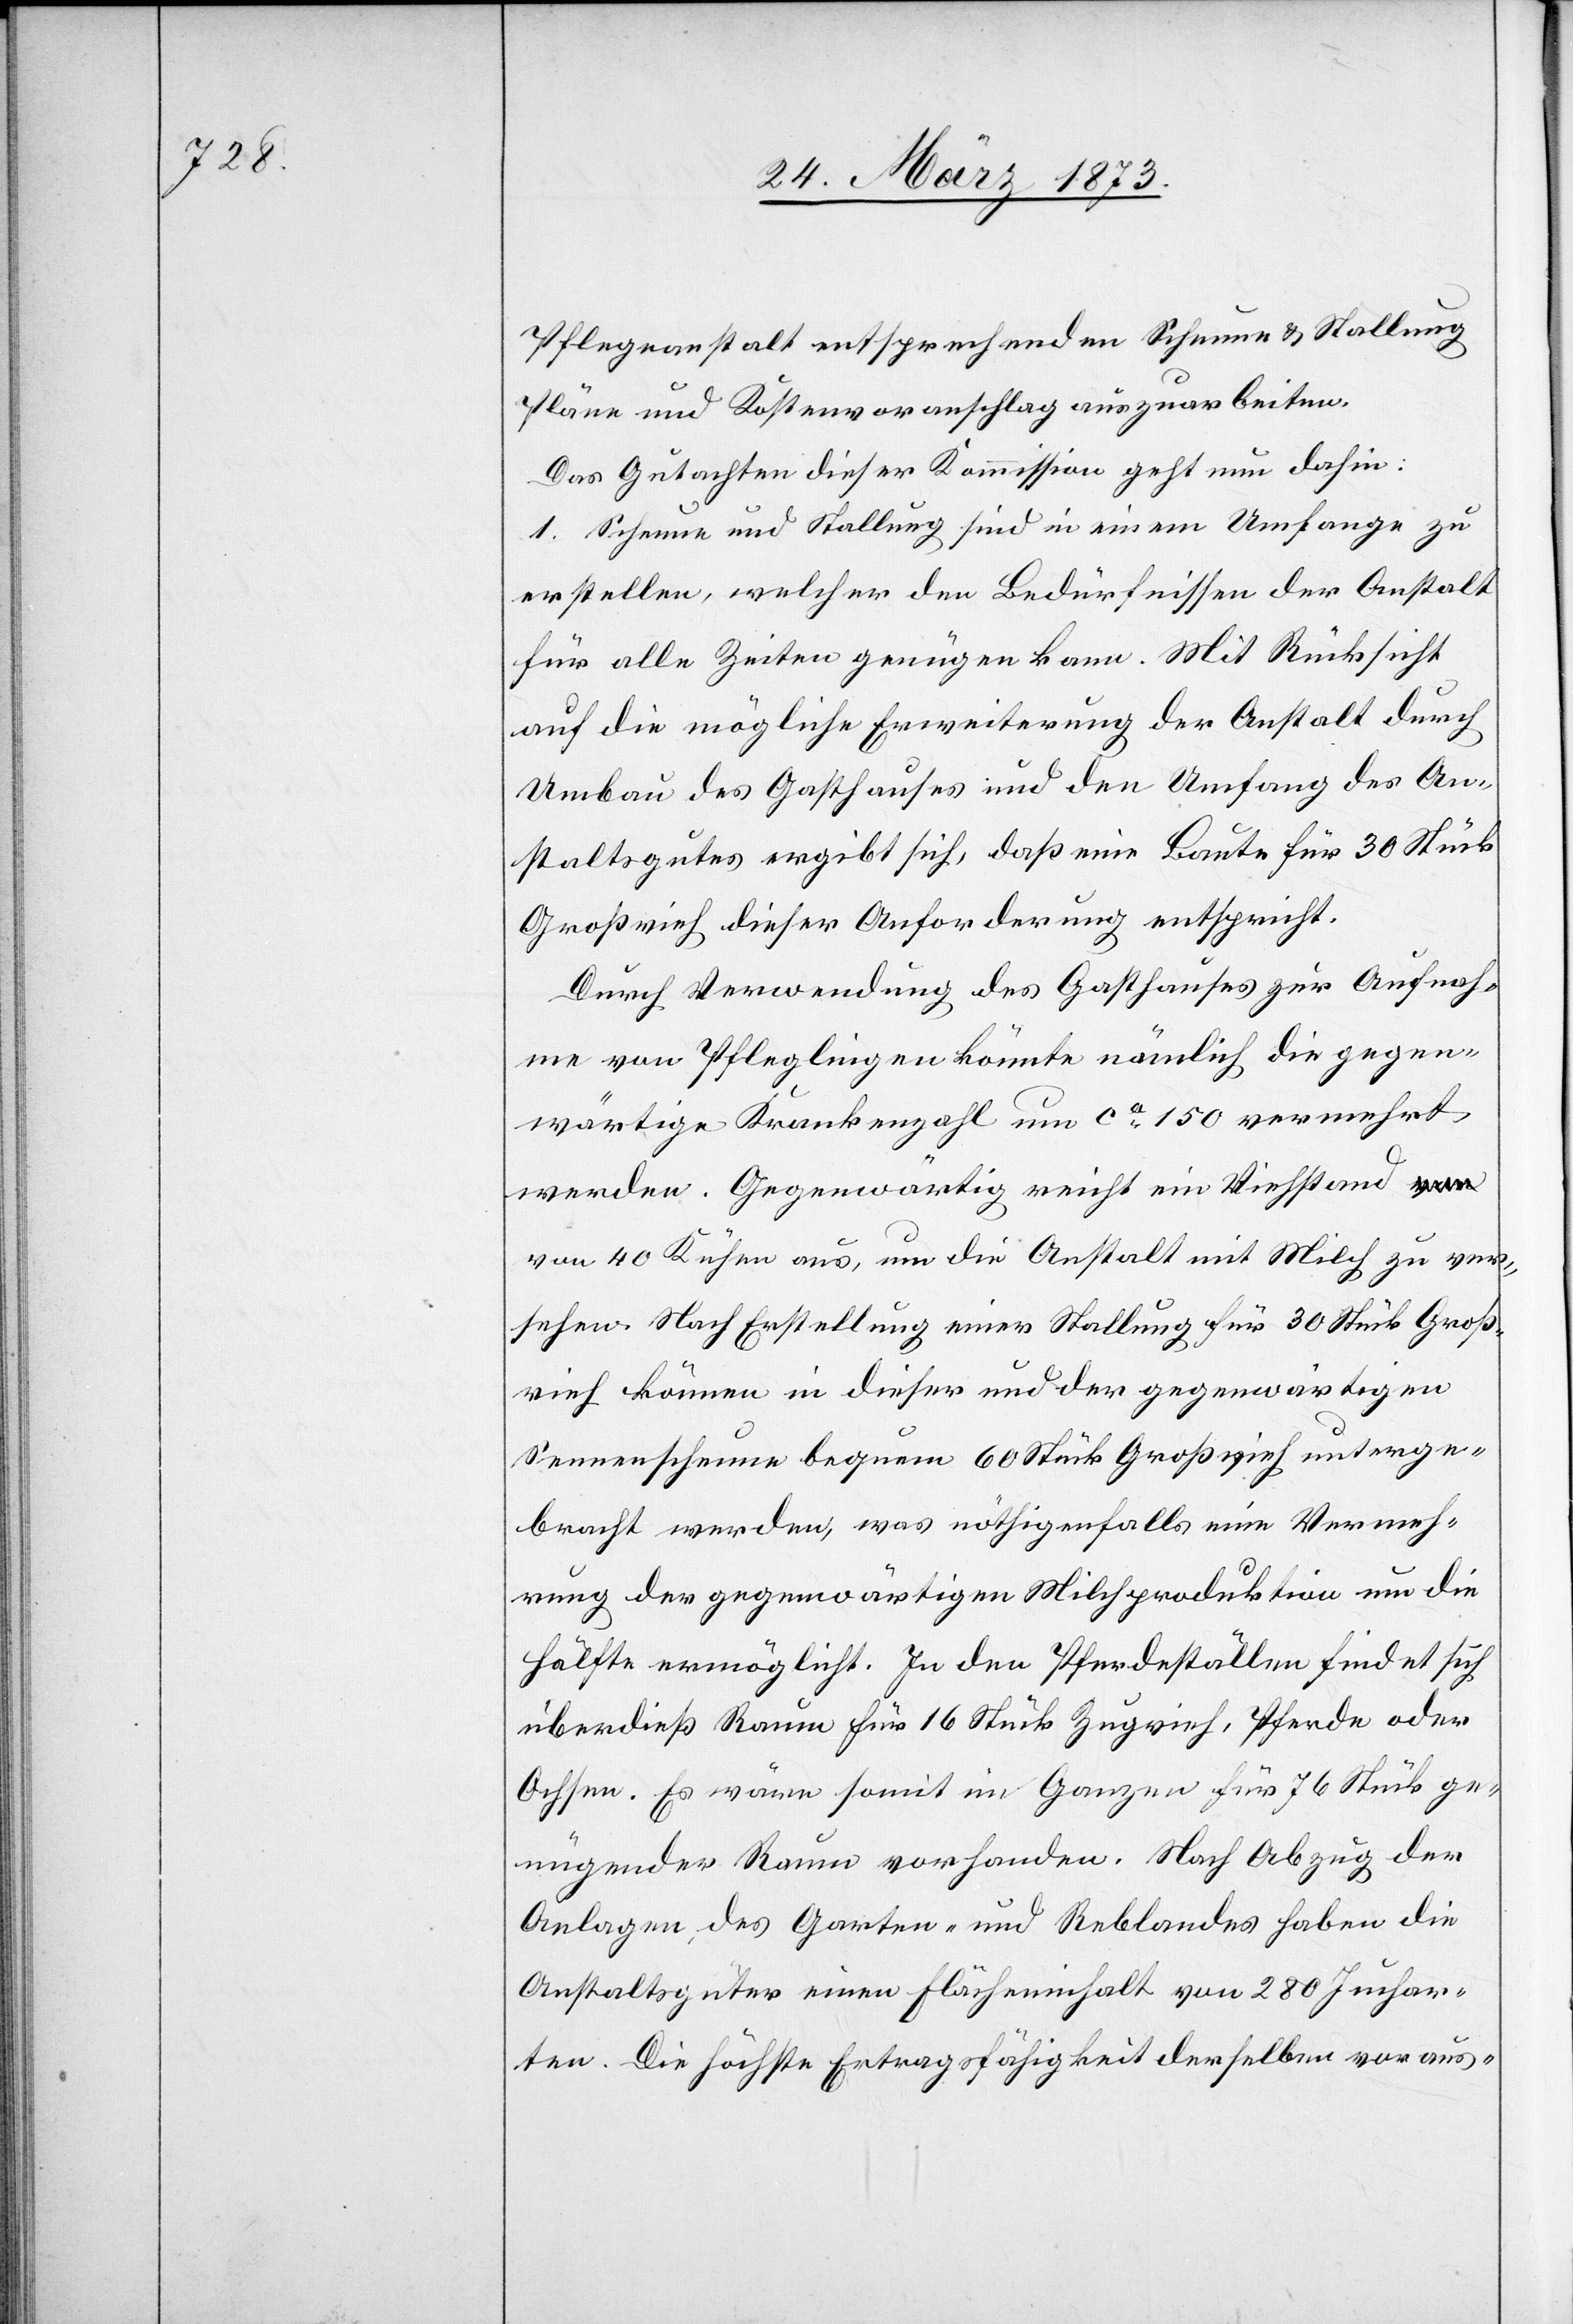
Pflegeanstalt entsprechenden Scheune u. Stallung
Pläne und Kostenvoranschlag auszuarbeiten.
Das Gutachten dieser Kommission geht nun dahin:
1. Scheune und Stallung sind in einem Umfange zu
erstellen, welcher den Bedürfnissen der Anstalt
für alle Zeiten genügen kann. Mit Rücksicht
auf die mögliche Erweiterung der Anstalt durch
Umbau des Gasthauses und den Umfang des An¬
staltsgutes ergibt sich, daß eine Baute für 30 Stück
Großvieh dieser Anforderung entspricht.
Durch Verwendung des Gasthauses zur Aufnah¬
me von Pflegliegen könnte nämlich die gegen¬
wärtige Krankenzahl um ca 150 vermehrt
werden. Gegenwärtig reicht ein Viehstand v¬
on 40 Kühen aus, um die Anstalt mit Milch zu ver¬
sehen. Nach Erstellung einer Stallung für 30 Stück Groß¬
vieh können in dieser und der gegenwärtigen
Sennenscheune bequem 60 Stück Großvieh unterge¬
bracht werden, was nöthigenfalls eine Vermeh¬
rung der gegenwärtigen Milchproduktion um die
Hälfte ermöglicht. In den Pferdeställen findet sich
überdieß Raum für 16 Stück Zugvieh, Pferde oder
Ochsen. Es wäre somit im Ganzen für 76 Stück ge¬
nügender Raum vorhanden. Nach Abzug der
Anlagen, des Garten- und Reblandes haben die
Anstaltsgüter einen Flächeninhalt von 280 Juchar¬
ten. Die höchste Ertragsfähigkeit derselben voraus-